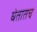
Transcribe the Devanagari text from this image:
घेतातच